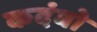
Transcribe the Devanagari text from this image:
कदंबो